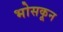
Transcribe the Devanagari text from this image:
भोसकून